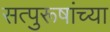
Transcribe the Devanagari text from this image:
सत्पुरूषांच्या